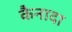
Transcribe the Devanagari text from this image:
कैनादा